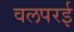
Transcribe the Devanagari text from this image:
वलपरई